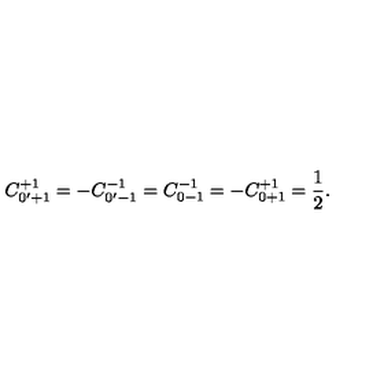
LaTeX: C _ { 0 ^ { \prime } + 1 } ^ { + 1 } = - C _ { 0 ^ { \prime } - 1 } ^ { - 1 } = C _ { 0 - 1 } ^ { - 1 } = - C _ { 0 + 1 } ^ { + 1 } = \frac { 1 } { 2 } .